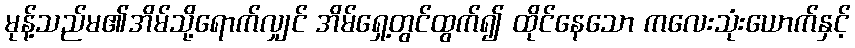
မုန့်သည်မ၏အိမ်သို့ရောက်လျှင် အိမ်ရှေ့တွင်ထွက်၍ ထိုင်နေသော ကလေးသုံးယောက်နှင့်